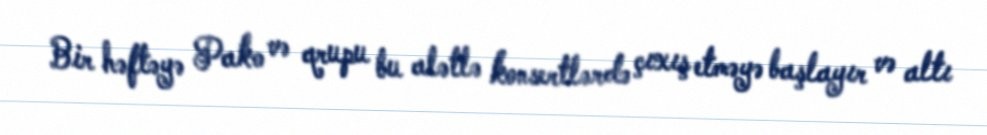
Bir həftəyə Pako və qrupu bu alətlə konsertlərdə çıxış etməyə başlayır və altı